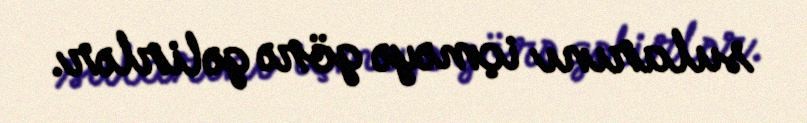
sularını içməyə görə gəlirlər.